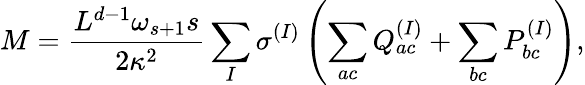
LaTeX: M=\frac{L^{d-1}\omega_{s+1}s}{2\kappa^{2}}\sum_{I}\sigma^{(I)}\left(\sum_{ac}Q_{ac}^{(I)}+\sum_{bc}P_{bc}^{(I)}\right),